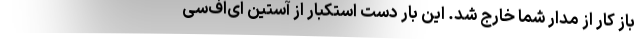
باز کار از مدار شما خارج شد. این بار دست استکبار از آستین ای‌اف‌سی